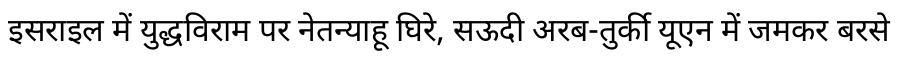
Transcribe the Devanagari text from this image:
इसराइल में युद्धविराम पर नेतन्याहू घिरे, सऊदी अरब-तुर्की यूएन में जमकर बरसे